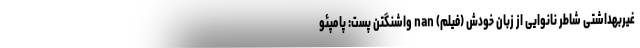
غیربهداشتی شاطر نانوایی از زبان خودش (فیلم) nan واشنگتن پست: پامپئو